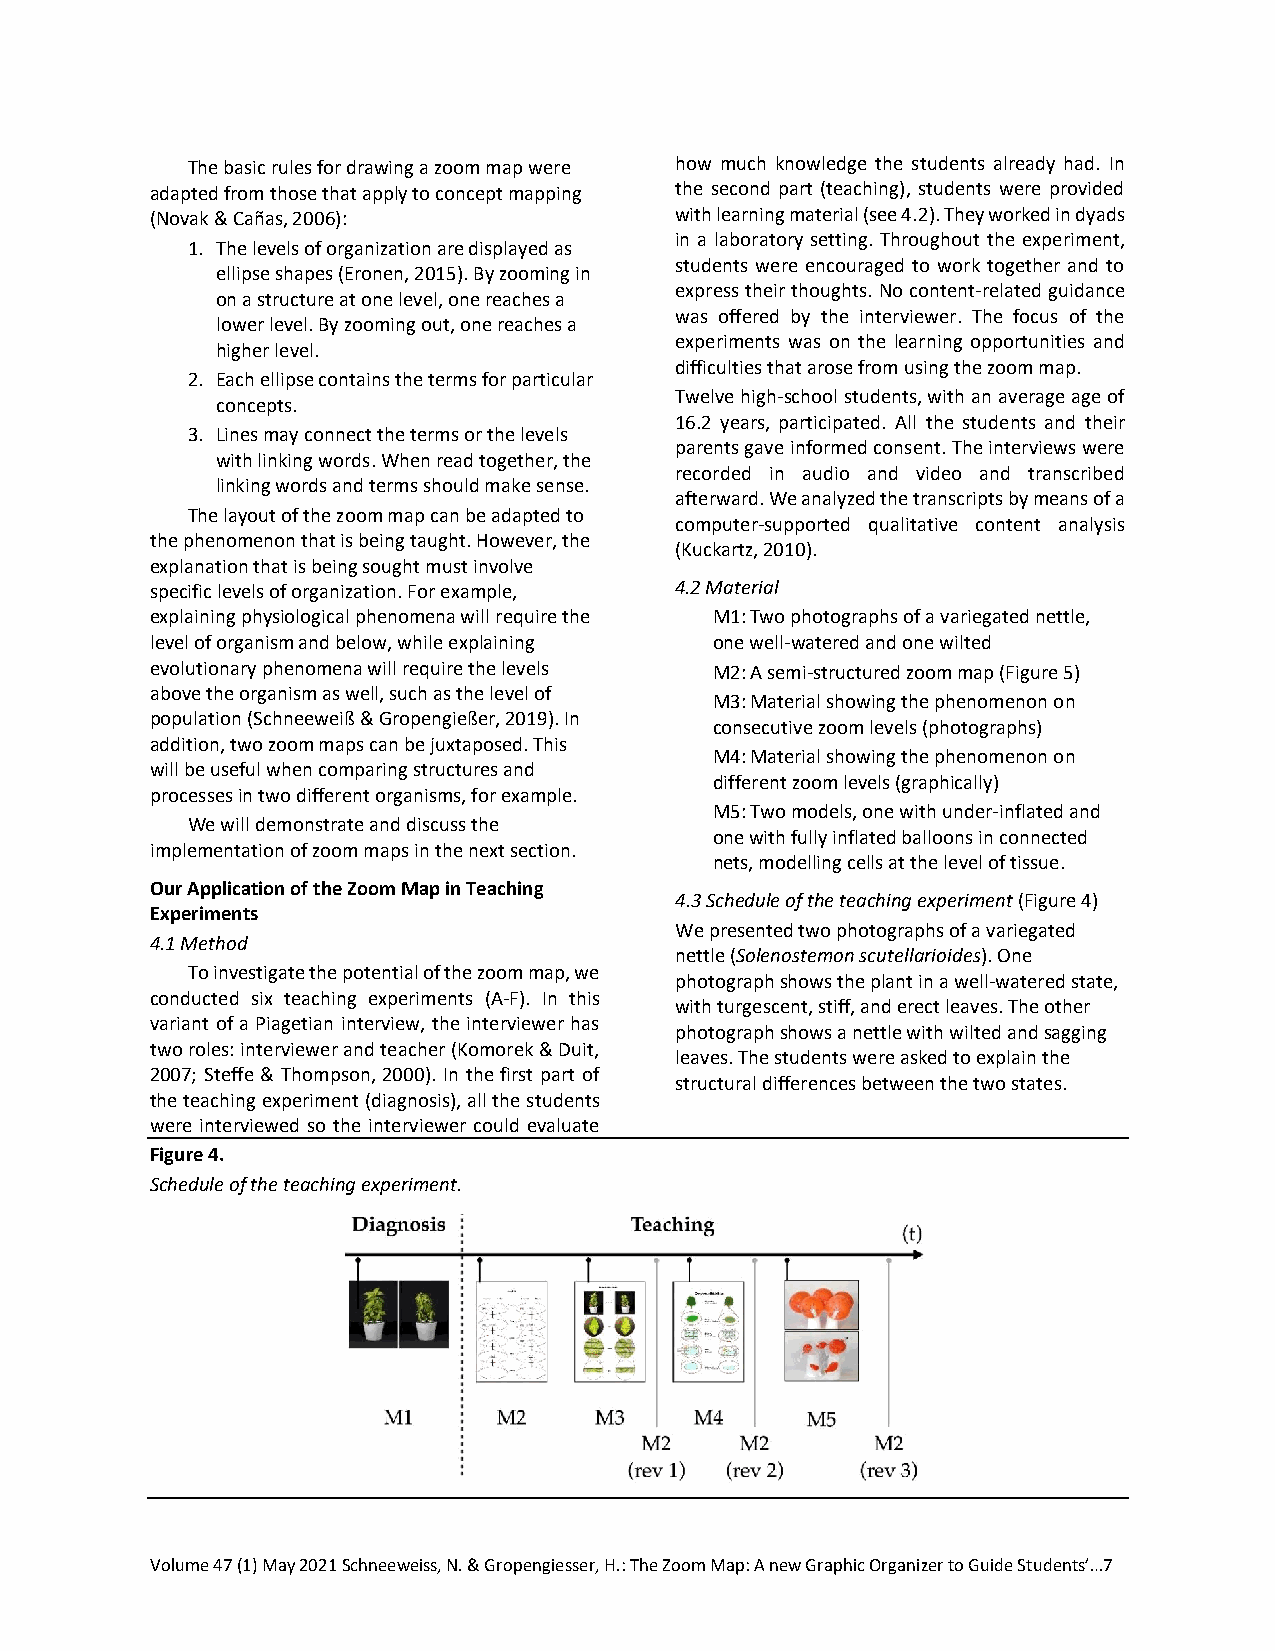
The basic rules for drawing a zoom map were how much knowledge the students already had. In
 adapted from those that apply to concept mapping the second part (teaching), students were provided
 (Novak & Cañas, 2006):             with learning material (see 4.2). They worked in dyads
 in a laboratory setting. Throughout the experiment,
 1. The levels of organization are displayed as
 students were encouraged to work together and to
 ellipse shapes (Eronen, 2015). By zooming in
 express their thoughts. No content-related guidance
 on a structure at one level, one reaches a
 was offered by the interviewer. The focus of the
 lower level. By zooming out, one reaches a
 experiments was on the learning opportunities and
 higher level.
 difficulties that arose from using the zoom map.
 2. Each ellipse contains the terms for particular
 Twelve high-school students, with an average age of
 concepts.
 16.2 years, participated. All the students and their
 3. Lines may connect the terms or the levels
 parents gave informed consent. The interviews were
 with linking words. When read together, the
 recorded in audio and video and transcribed
 linking words and terms should make sense.
 afterward. We analyzed the transcripts by means of a
 The layout of the zoom map can be adapted to
 computer-supported qualitative content analysis
 the phenomenon that is being taught. However, the
 (Kuckartz, 2010).
 explanation that is being sought must involve
 specific levels of organization. For example, 4.2 Material
 explaining physiological phenomena will require the M1: Two photographs of a variegated nettle,
 level of organism and below, while explaining one well-watered and one wilted
 evolutionary phenomena will require the levels M2: A semi-structured zoom map (Figure 5)
 above the organism as well, such as the level of
 M3: Material showing the phenomenon on
 population (Schneeweiß & Gropengießer, 2019). In
 consecutive zoom levels (photographs)
 addition, two zoom maps can be juxtaposed. This
 M4: Material showing the phenomenon on
 will be useful when comparing structures and
 different zoom levels (graphically)
 processes in two different organisms, for example.
 M5: Two models, one with under-inflated and
 We will demonstrate and discuss the
 one with fully inflated balloons in connected
 implementation of zoom maps in the next section.
 nets, modelling cells at the level of tissue.
 Our Application of the Zoom Map in Teaching
 4.3 Schedule of the teaching experiment (Figure 4)
 Experiments
 We presented two photographs of a variegated
 4.1 Method
 nettle (Solenostemon scutellarioides). One
 To investigate the potential of the zoom map, we
 photograph shows the plant in a well-watered state,
 conducted six teaching experiments (A-F). In this
 with turgescent, stiff, and erect leaves. The other
 variant of a Piagetian interview, the interviewer has
 photograph shows a nettle with wilted and sagging
 two roles: interviewer and teacher (Komorek & Duit,
 leaves. The students were asked to explain the
 2007; Steffe & Thompson, 2000). In the first part of
 structural differences between the two states.
 the teaching experiment (diagnosis), all the students
 were interviewed so the interviewer could evaluate
 Figure 4.
 Schedule of the teaching experiment.
 Volume 47 (1) May 2021 Schneeweiss, N. & Gropengiesser, H.: The Zoom Map: A new Graphic Organizer to Guide Students’…7